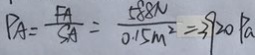
P A = \frac { F A } { S A } = \frac { 5 8 8 N } { 0 . 1 5 m ^ { 2 } } = 3 9 2 0 P a